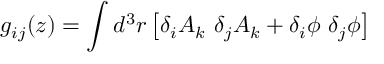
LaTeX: g _ { i j } ( z ) = \int d ^ { 3 } r \left[ \delta _ { i } A _ { k } \, \, \delta _ { j } A _ { k } + \delta _ { i } \phi \, \, \delta _ { j } \phi \right]